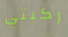
ركبتي